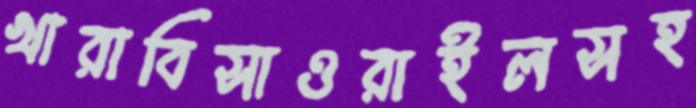
খারাবিসাওরাইলসহ